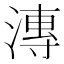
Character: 漙